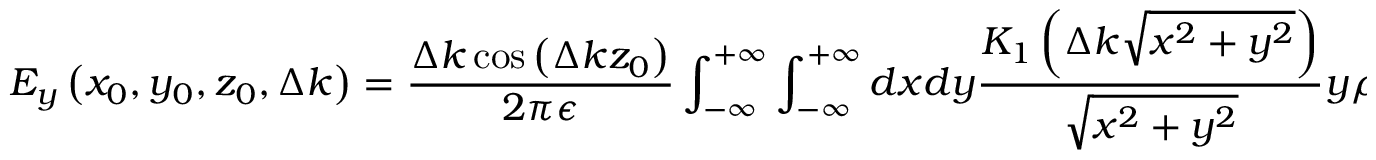
E _ { y } \left( x _ { 0 } , y _ { 0 } , z _ { 0 } , \Delta k \right) = \frac { \Delta k \cos \left( \Delta k z _ { 0 } \right) } { 2 \pi \epsilon } \int _ { - \infty } ^ { + \infty } \int _ { - \infty } ^ { + \infty } d x d y \frac { K _ { 1 } \left( \Delta k \sqrt { x ^ { 2 } + y ^ { 2 } } \right) } { \sqrt { x ^ { 2 } + y ^ { 2 } } } y \rho _ { 0 } ( x + x _ { 0 } , y + y _ { 0 } )